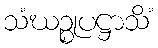
သံဃဉ္စုပဋ္ဌာသိံ